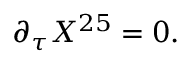
\partial _ { \tau } X ^ { 2 5 } = 0 .